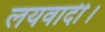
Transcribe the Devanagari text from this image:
लयवादी।